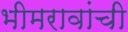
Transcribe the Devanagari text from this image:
भीमरावांची